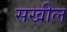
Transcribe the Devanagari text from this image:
सखील